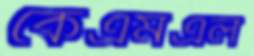
কেএমএল